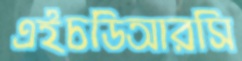
এইচডিআরসি